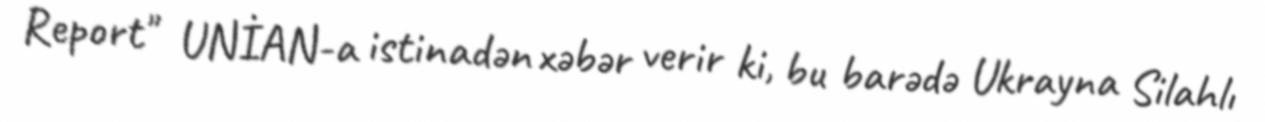
Report" UNİAN-a istinadən xəbər verir ki, bu barədə Ukrayna Silahlı